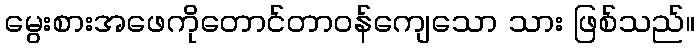
မွေးစားအဖေကိုတောင်တာဝန်ကျေသော သား ဖြစ်သည်။